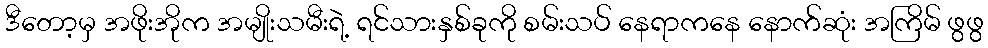
ဒီတော့မှ အဖိုးအိုက အမျိုးသမီးရဲ့ ရင်သားနှစ်ခုကို စမ်းသပ် နေရာကနေ နောက်ဆုံး အကြိမ် ဖွဖွ